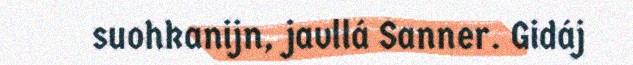
suohkanijn, javllá Sanner. Gidáj